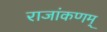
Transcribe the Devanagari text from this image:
राजांकणम्